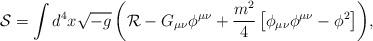
LaTeX: \begin{align*}{\mathcal{S}}=\int{d^{4}x\sqrt{-g}\left({\mathcal{R}}-G_{\mu\nu}\phi^{\mu\nu} + \frac{m^{2}}{4}\left[\phi_{\mu\nu}\phi^{\mu\nu}-\phi^{2}\right]\right)},\end{align*}